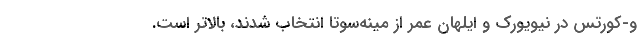
و-کورتس در نیویورک و ایلهان عمر از مینه‌سوتا انتخاب شدند، بالاتر است.